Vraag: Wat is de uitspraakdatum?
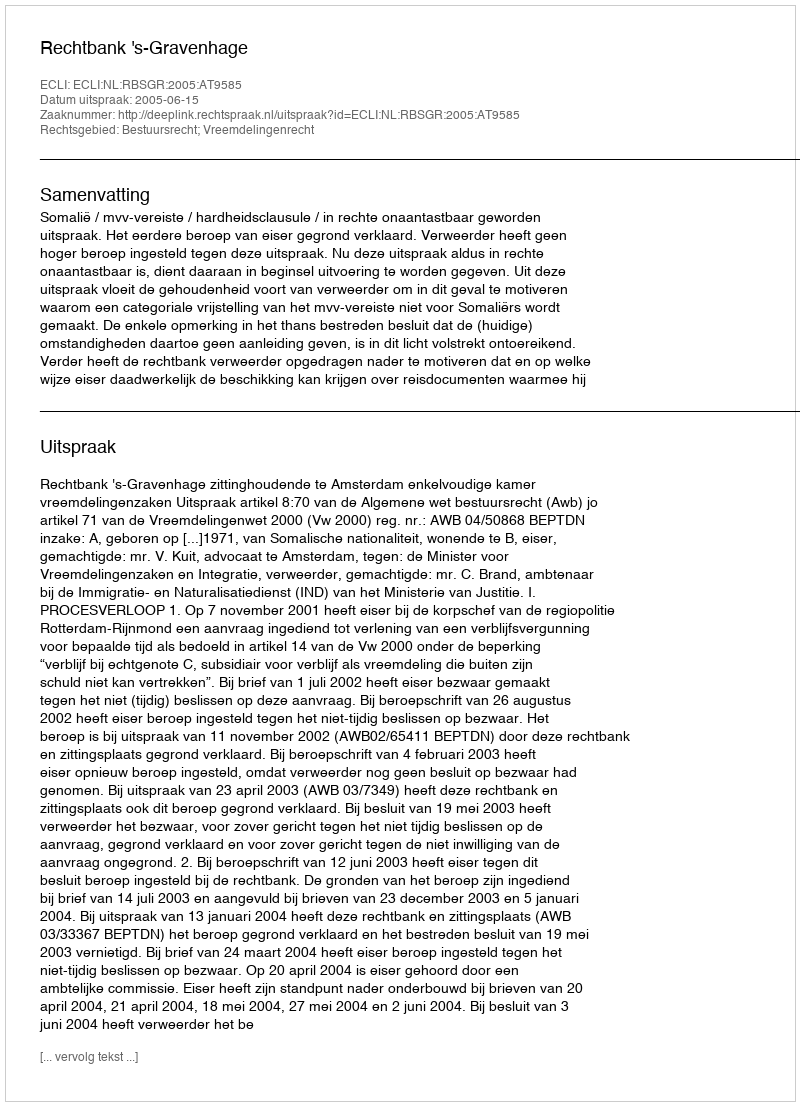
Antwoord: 2005-06-15